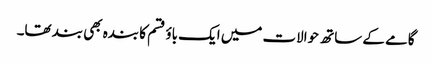
گامے کے ساتھ حوالات میں ایک باؤ قسم کا بندہ بھی بند تھا۔